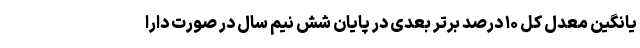
یانگین معدل کل ۱۰ درصد برتر بعدی در پایان شش نیم سال در صورت دارا